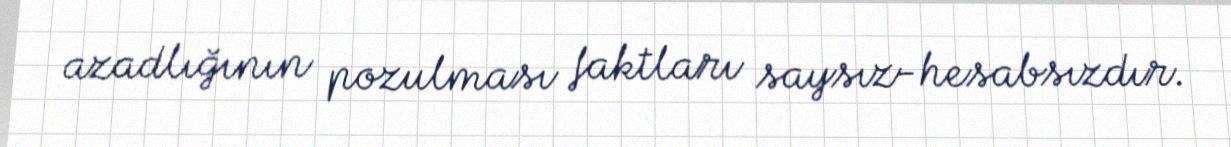
azadlığının pozulması faktları saysız-hesabsızdır.